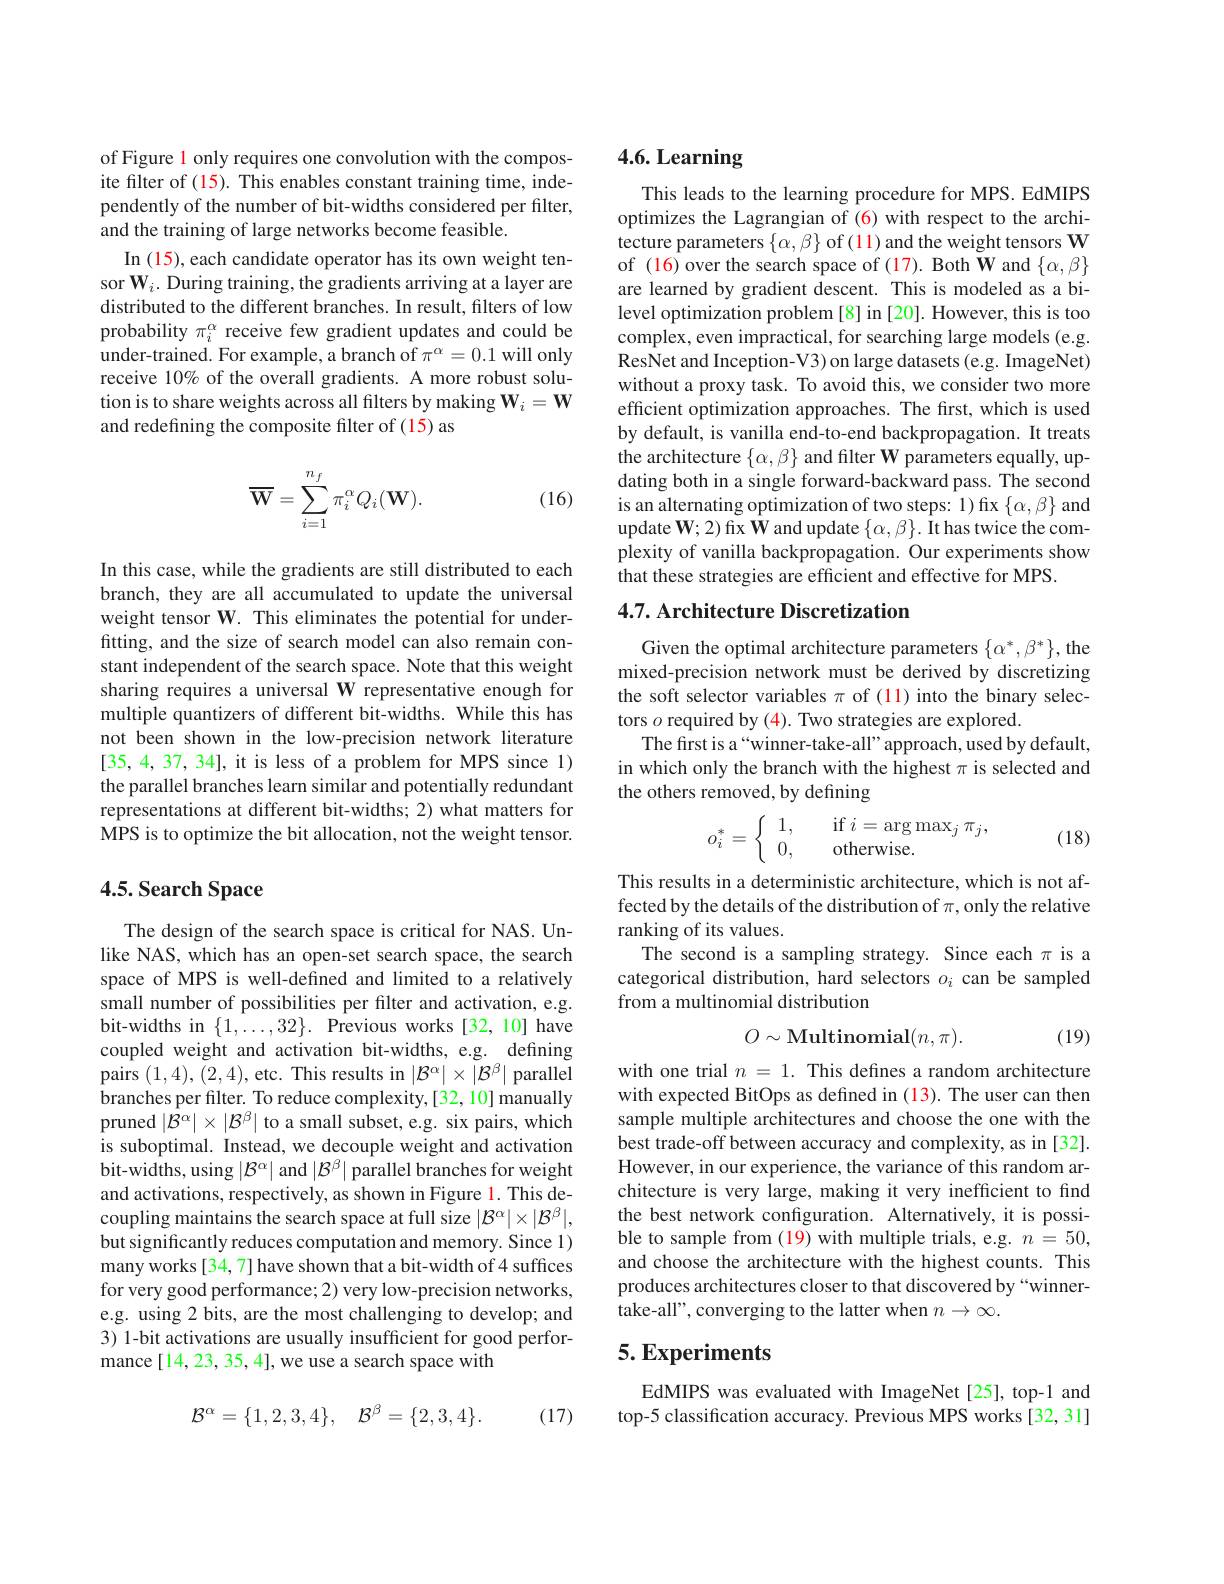
of Figure l only requires one convolution with the composite filter of $(\color{red}{15}).$ This enables constant training time, independently of the number of bit-widths considered per filter, and the training of large networks become feasible.
In (15), each candidate operator has its own weight tensor $\mathbf{W}_i.$ During training, the gradients arriving at a layer are distributed to the different branches. In result, filters of low probability $\pi_i^\alpha$ receive few gradient updates and could be under-trained. For example, a branch of $\pi^\alpha=0.1$ will only receive 10% of the overall gradients. A more robust solution is to share weights across all filters by making $\mathbf{W}_i=\mathbf{W}$ and redefining the composite filter of (15) as
$$\overline{\mathbf{W}}=\sum_{i=1}^{n_f}\pi_i^\alpha Q_i(\mathbf{W}).$$
(16)

In this case, while the gradients are still distributed to each branch, they are all accumulated to update the universal weight tensor W. This eliminates the potential for underfitting, and the size of search model can also remain constant independent of the search space. Note that this weight sharing requires a universal W representative enough for multiple quantizers of different bit-widths. While this has not been shown in the low-precision network literature [35,4,37,34], it is less of a problem for MPS since 1) the parallel branches learn similar and potentially redundant representations at different bit-widths; 2) what matters for MPS is to optimize the bit allocation, not the weight tensor.

## 4.5. Search Space

The design of the search space is critical for NAS. Unlike NAS, which has an open-set search space, the search space of MPS is well-defined and limited to a relatively small number of possibilities per filter and activation, e.g. bit-widths in $\{1,\ldots,32\}.$ Previous works[32, 10] have coupled weight and activation bit-widths, e.g. defining pairs (1,4),(2,4),etc. This results in $|\mathcal{B}^\alpha|\times|\mathcal{B}^\beta|$ parallel branches per filter. To reduce complexity,[32,10] manually pruned $|\bar{\mathcal{B}}^\alpha|\times|\mathcal{B}^\beta|$ to a small subset, e.g. six pairs, which is suboptimal. Instead, we decouple weight and activation bit-widths, using $|\mathcal{B}^\alpha|$ and $|\mathcal{B}^\beta|$ parallel branches for weight and activations, respectively, as shown in Figure 1. This decoupling maintains the search space at full size $|\mathcal{B}^\alpha|\times|\mathcal{B}^\beta|$, but significantly reduces computation and memory. Since 1) many works[34,7] have shown that a bit-width of 4 suffices for very good performance; 2) very low-precision networks, e.g. using 2 bits, are the most challenging to develop; and 3) 1-bit activations are usually insufficient for good performance [14, 23, 35, 4], we use a search space with

(17)
$$\mathcal{B}^{\alpha}=\{1,2,3,4\},\quad\mathcal{B}^{\beta}=\{2,3,4\}.$$
## 4.6. Learning

This leads to the learning procedure for MPS. EdMIPS optimizes the Lagrangian of (6) with respect to the architecture parameters $\{\alpha,\beta\}$ of (11) and the weight tensors W of (16) over the search space of (17). Both W and $\{\alpha,\beta\}$ are learned by gradient descent. This is modeled as a bilevel optimization problem [8] in [20]. However, this is too complex, even impractical, for searching large models (e.g. ResNet and Inception-V3) on large datasets (e.g. ImageNet) without a proxy task. To avoid this, we consider two more efficient optimization approaches. The first, which is used by default, is vanilla end-to-end backpropagation. It treats the architecture $\{\alpha,\beta\}$ and filter W parameters equally, updating both in a single forward-backward pass. The second is an alternating optimization of two steps: 1) fix $\{\alpha,\beta\}$ and update $\mathbf{W};2)$ fix W and update $\{\alpha,\beta\}.$ It has twice the complexity of vanilla backpropagation. Our experiments show that these strategies are efficient and effective for MPS

## 4.7. Architecture Discretization

Given the optimal architecture parameters $\{\alpha^*,\beta^*\}$,the mixed-precision network must be derived by discretizing the soft selector variables $\pi$ of (11) into the binary selectors $o$ required by (4). Two strategies are explored.
The first is a“winner-take-all”approach, used by default, in which only the branch with the highest $\pi$ is selected and the others removed, by defining
$$o_i^*=\left\{\begin{array}{ll}1,&\quad\text{if}\:i=\arg\max_j\pi_j,\\0,&\quad\text{otherwise.}\end{array}\right.$$
(18)

This results in a deterministic architecture, which is not affected by the details of the distribution of $\pi$,only the relative ranking of its values.
The second is a sampling strategy. Since each $\pi$ is a categorical distribution, hard selectors $o_i$ can be sampled from a multinomial distribution
$$O\sim\mathrm{Multinomial}(n,\pi).$$
(19)

with one trial $n=1.$ This defines a random architecture with expected BitOps as defined in (13). The user can then sample multiple architectures and choose the one with the best trade-off between accuracy and complexity, as in [32]. However, in our experience, the variance of this random architecture is very large, making it very inefficient to find the best network confguration. Alternatively, it is possible to sample from (19) with multiple trials, e.g. $n=50$, and choose the architecture with the highest counts. This produces architectures closer to that discovered by “winnertake-all", converging to the latter when $n\to\infty.$

## 5. Experiments

EdMIPS was evaluated with ImageNet [25], top-1 and top-5 classification accuracy. Previous MPS works [32, 31]